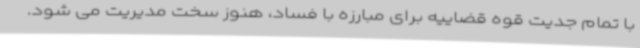
با تمام جدیت قوه قضاییه برای مبارزه با فساد، هنوز سخت مدیریت می شود.